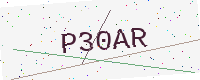
Text: P30AR